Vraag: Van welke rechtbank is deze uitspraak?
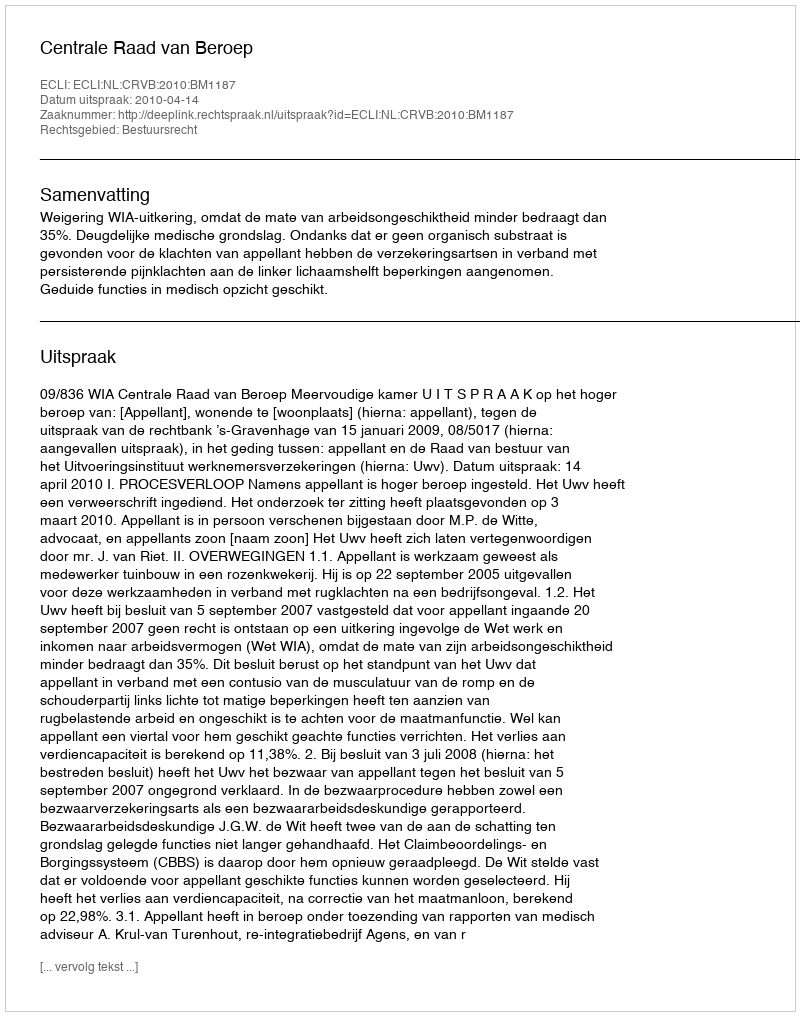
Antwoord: Centrale Raad van Beroep